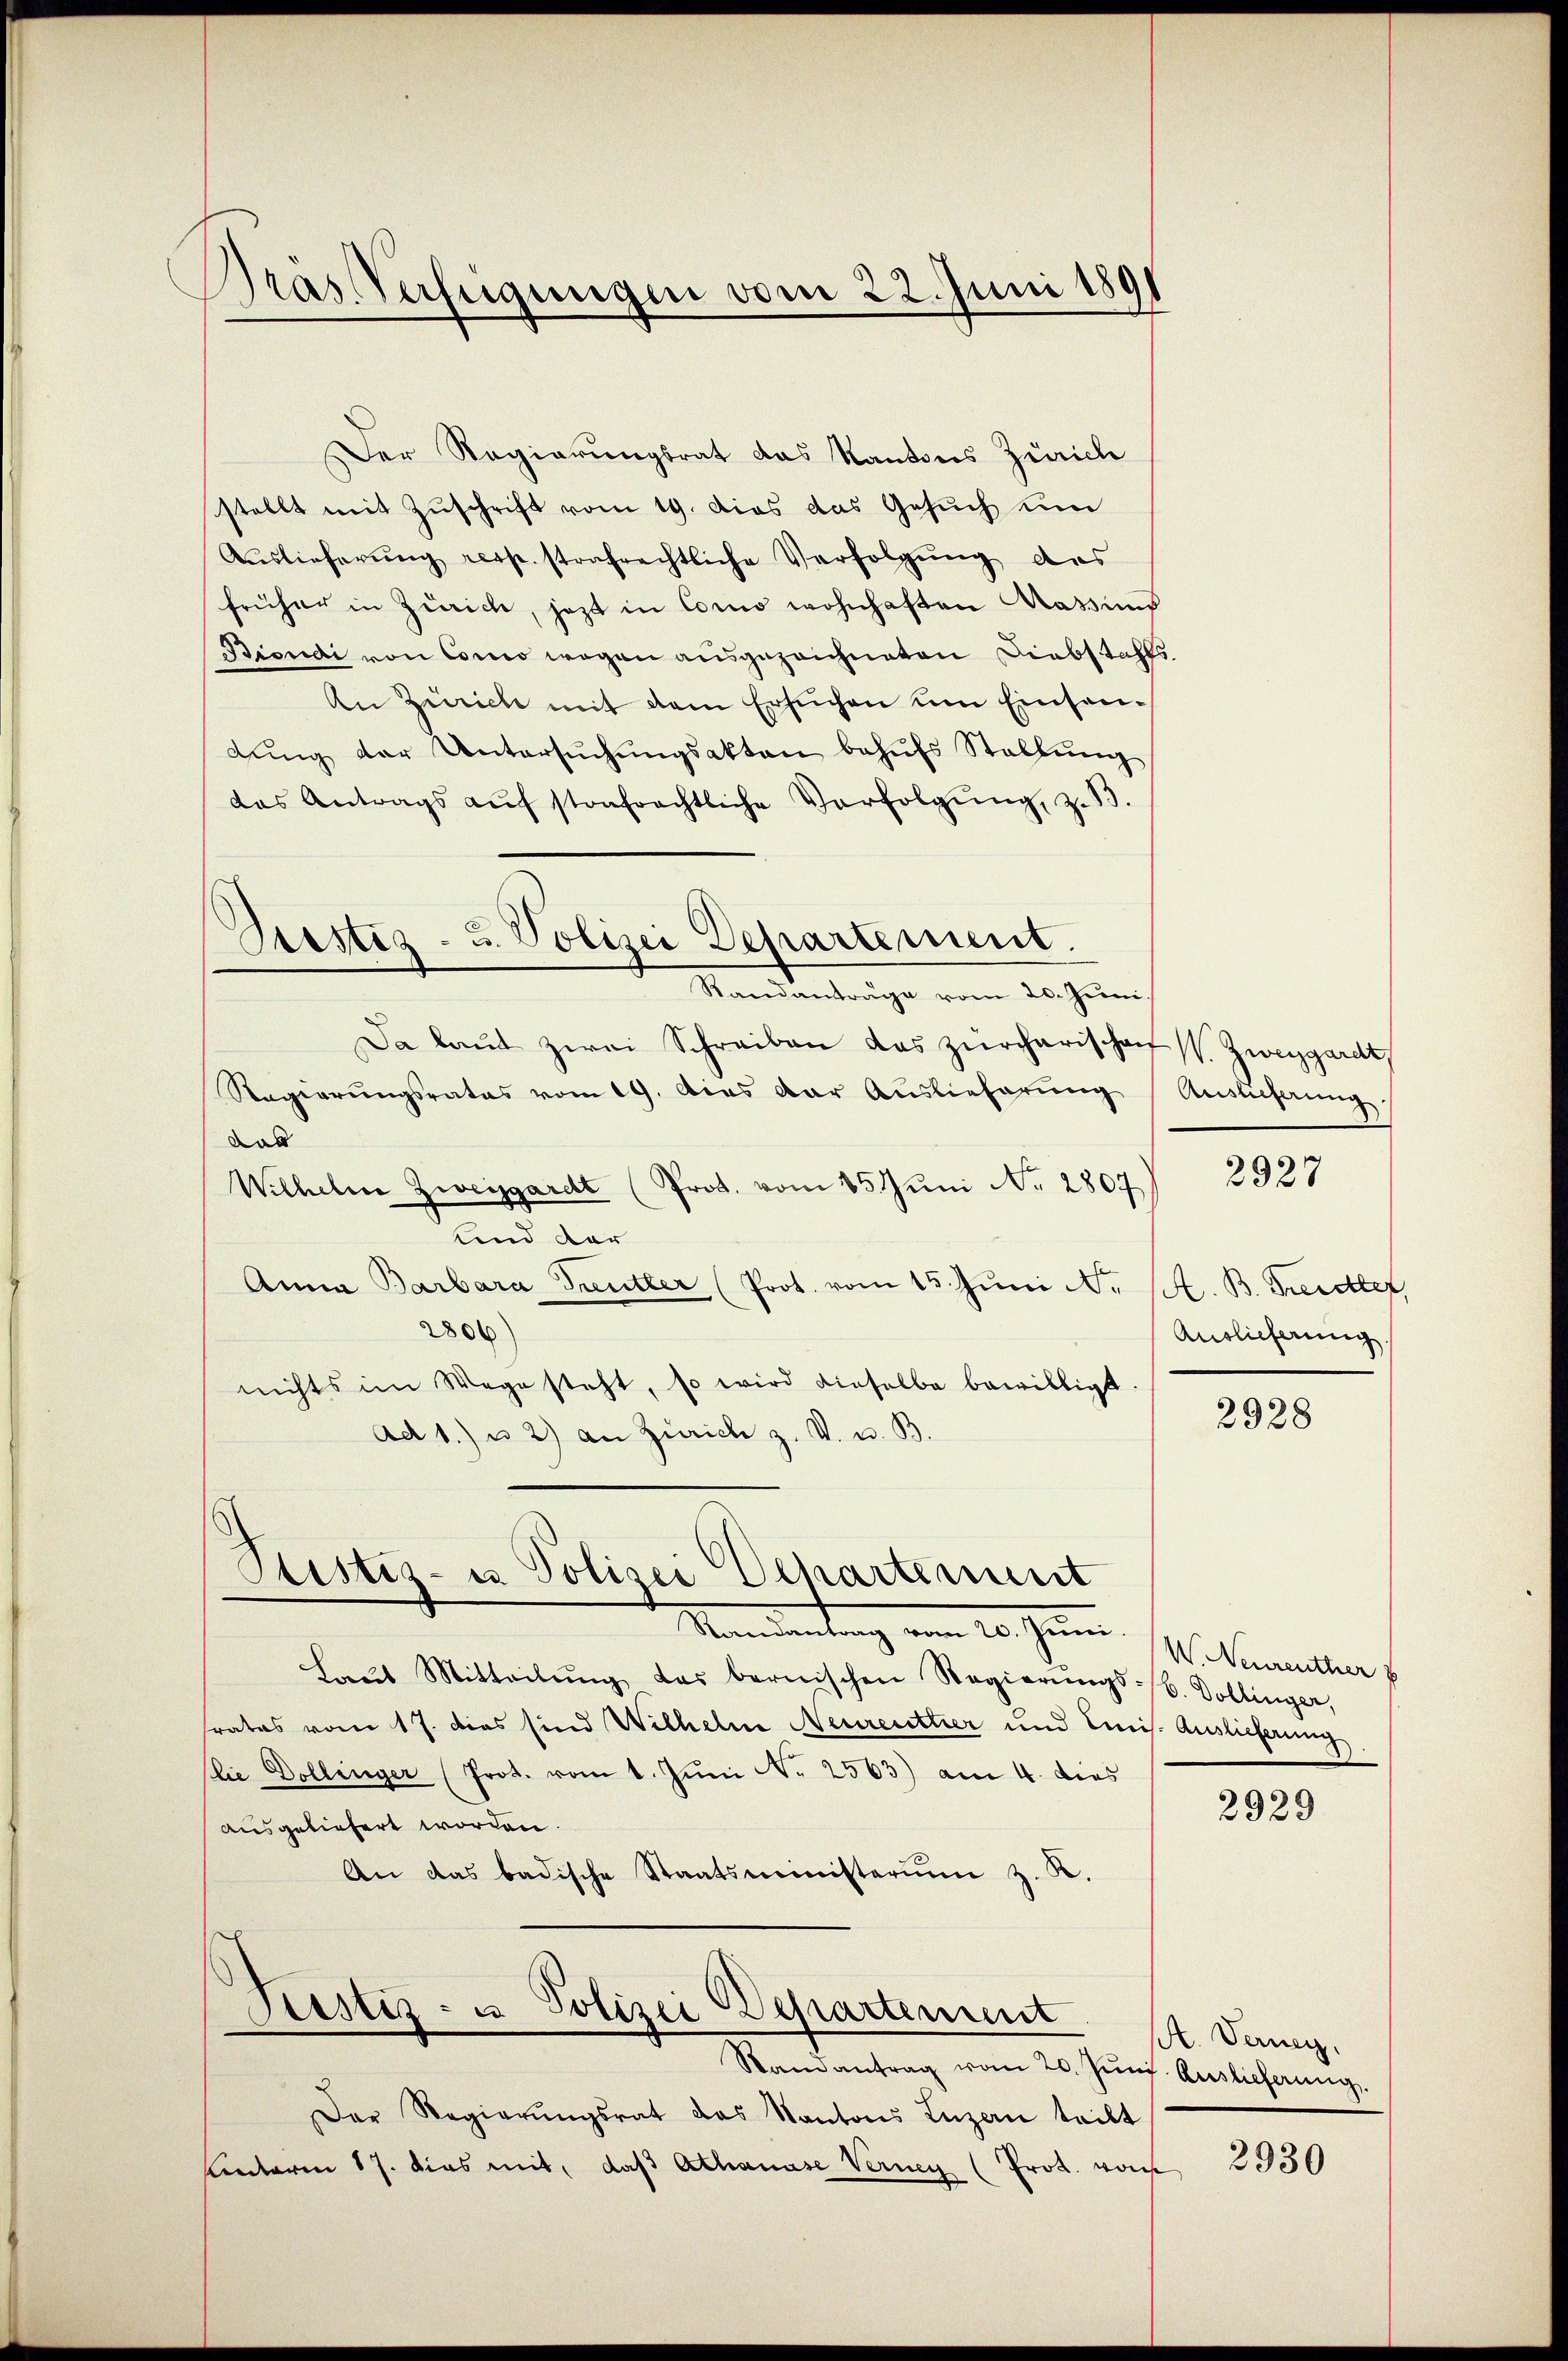
Gras Verfügungen vom 22. Juni 1891

Der Regierungsrat das Kantons Zürich
stellt mit Zuschrift vom 19. dies das Gesuch un
Auslieferung resp. strafrechtliche Verfolgung des
früher in Zürich, jezt in Como wohnhaften Rassung
Bioudi von Conco wegen ausgezeichneten Diebstahls
An Zürich mit dem Ersuchen um Einsanlŭng der Untersŭchŭngsakten behŭfs Stellŭng
das Antrags aŭf strafrechtliche Verfolgŭng, z. B.
Da laŭt zwei Schreiben das zürcharischen Zweygarde,
Regierungsrates vom 19. das der Auslieferung
das
Wilhelm Zweigardt (Prot. vom 15. Juni Nr. 2807
Land der
Anna Barbara Treutter (Prot. vom 15. Jŭni N. S. B. Freidter,
2806
nichts im Wege steht, so wird dieselbe bewilligt
ad 1.) u. 2) an Zürich z. V. u. B.
Ptistiz- u. Polizei Departement
Mandantung vom 20. Jun.
Laŭt Mitteilŭng das bernischen Regierŭngs- / b. Dollinger,
srates vom 17. dies sind Wilhelm Neurenthier und Emis. Auslieferung
lie Dollinger (Prot. vom 1. Jŭni Nr. 2563) am 4. dies
ausgeliefert worden.
An das badische Staatsministerium z. K.
Ptistiz- u Polizei Departement
Randantrag vom 20. Jŭni Auslieferung.
Der Regierŭngsrat das Kantons Luzern teilt
Unteren 17. dies mit, daß Athanase Vernen (Prot. von

Drestiz- u. Polizei Departement.
Randanträge vom 20. Juni

Auslieferung.

2927

Auslieferung

2928

W. Neurenther

2929

A. Verney,

2930